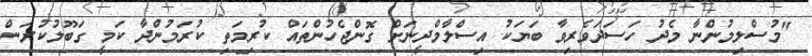
"މުސްލިމުންނާ މެދު ހަސަދަވެރިވާ ބަޔަކު އިސްލާމްދީނަށް ގޮންޖެހުންތައް ކުރިމަތި ކުރަމުންދާ ކަމީ ގަބޫލުކުރަން